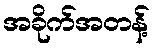
အခိုက်အတန့်